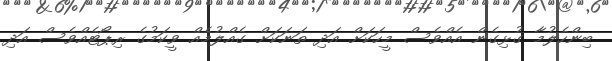
ބިންހެލުމާ ގުޅިގެން އެއްވެސް މީހަކަށް އަދި ތަނަކަށް ގެއްލުމެއް ވީކަމުގެ ރިޕޯޓެއްވެސް އަދި